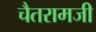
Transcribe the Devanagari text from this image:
चैतरामजी